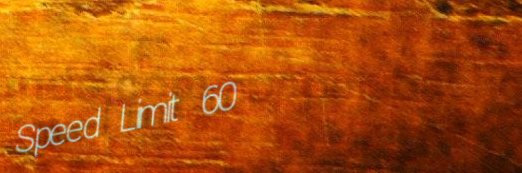
Speed Limit 60